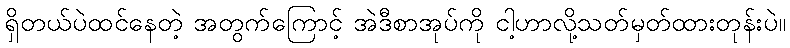
ရှိတယ်ပဲထင်နေတဲ့ အတွက်ကြောင့် အဲဒီစာအုပ်ကို ငါ့ဟာလို့သတ်မှတ်ထားတုန်းပဲ။